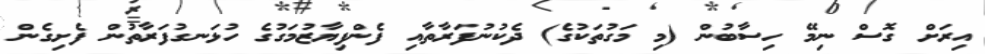
އިރަށް ގޮސް ނިމޭ ހިސާބުން (މި މަގުތަކުގެ) ދެކުނުފަރާތާއި ފެންފިޔާޒުމަގުގެ ހުޅަނގުފަރާތުން ފެށިގެން